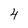
Character: 4